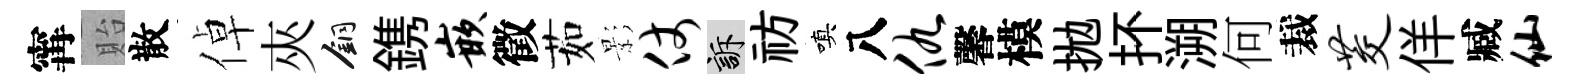
𡩋貽散倬夾銅鎸嵌徵茹影仗訴祊嗔八仇馨模拋抔溯何裁茭佯臧仙